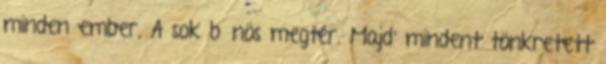
minden ember, A sok bűnös megtér. Majd’ mindent tönkretett